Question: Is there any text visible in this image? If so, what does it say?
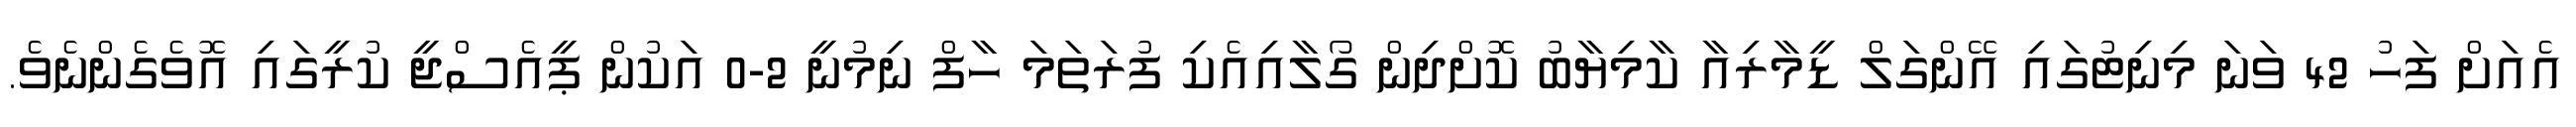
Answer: އެއަށް ފަހު 42 ވަނަ މިނިޓުގައި އޭންގަލް ޑީމާރިއާ ކާމިޔާބު ކޮށްދިން ގޯލާއިއެކި ފުރަތަމަ ހާފް ނިމުނީ 2-0 އަކުން ޕީއެސްޖީ ކުރީގައި އޮވެގެންނެވެ.